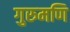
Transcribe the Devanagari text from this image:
गुरुमणि